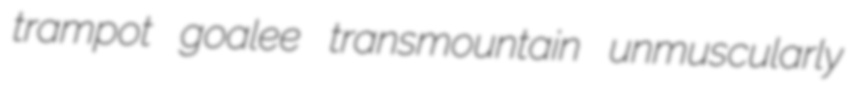
trampot goalee transmountain unmuscularly